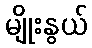
မျိုးနွယ်